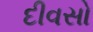
દીવસો